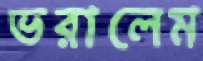
ভরালেম